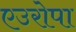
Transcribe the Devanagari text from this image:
एउरोपा